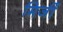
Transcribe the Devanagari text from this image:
मिर्जी